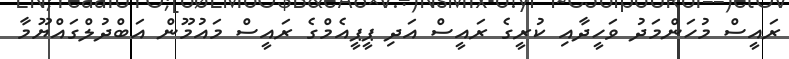
ރައީސް މުހަންމަދު ވަހީދާއި ކުރީގެ ރައީސް އަދި ޕީޕީއެމްގެ ރައީސް މައުމޫން އަބްދުލްގައްޔޫމާ